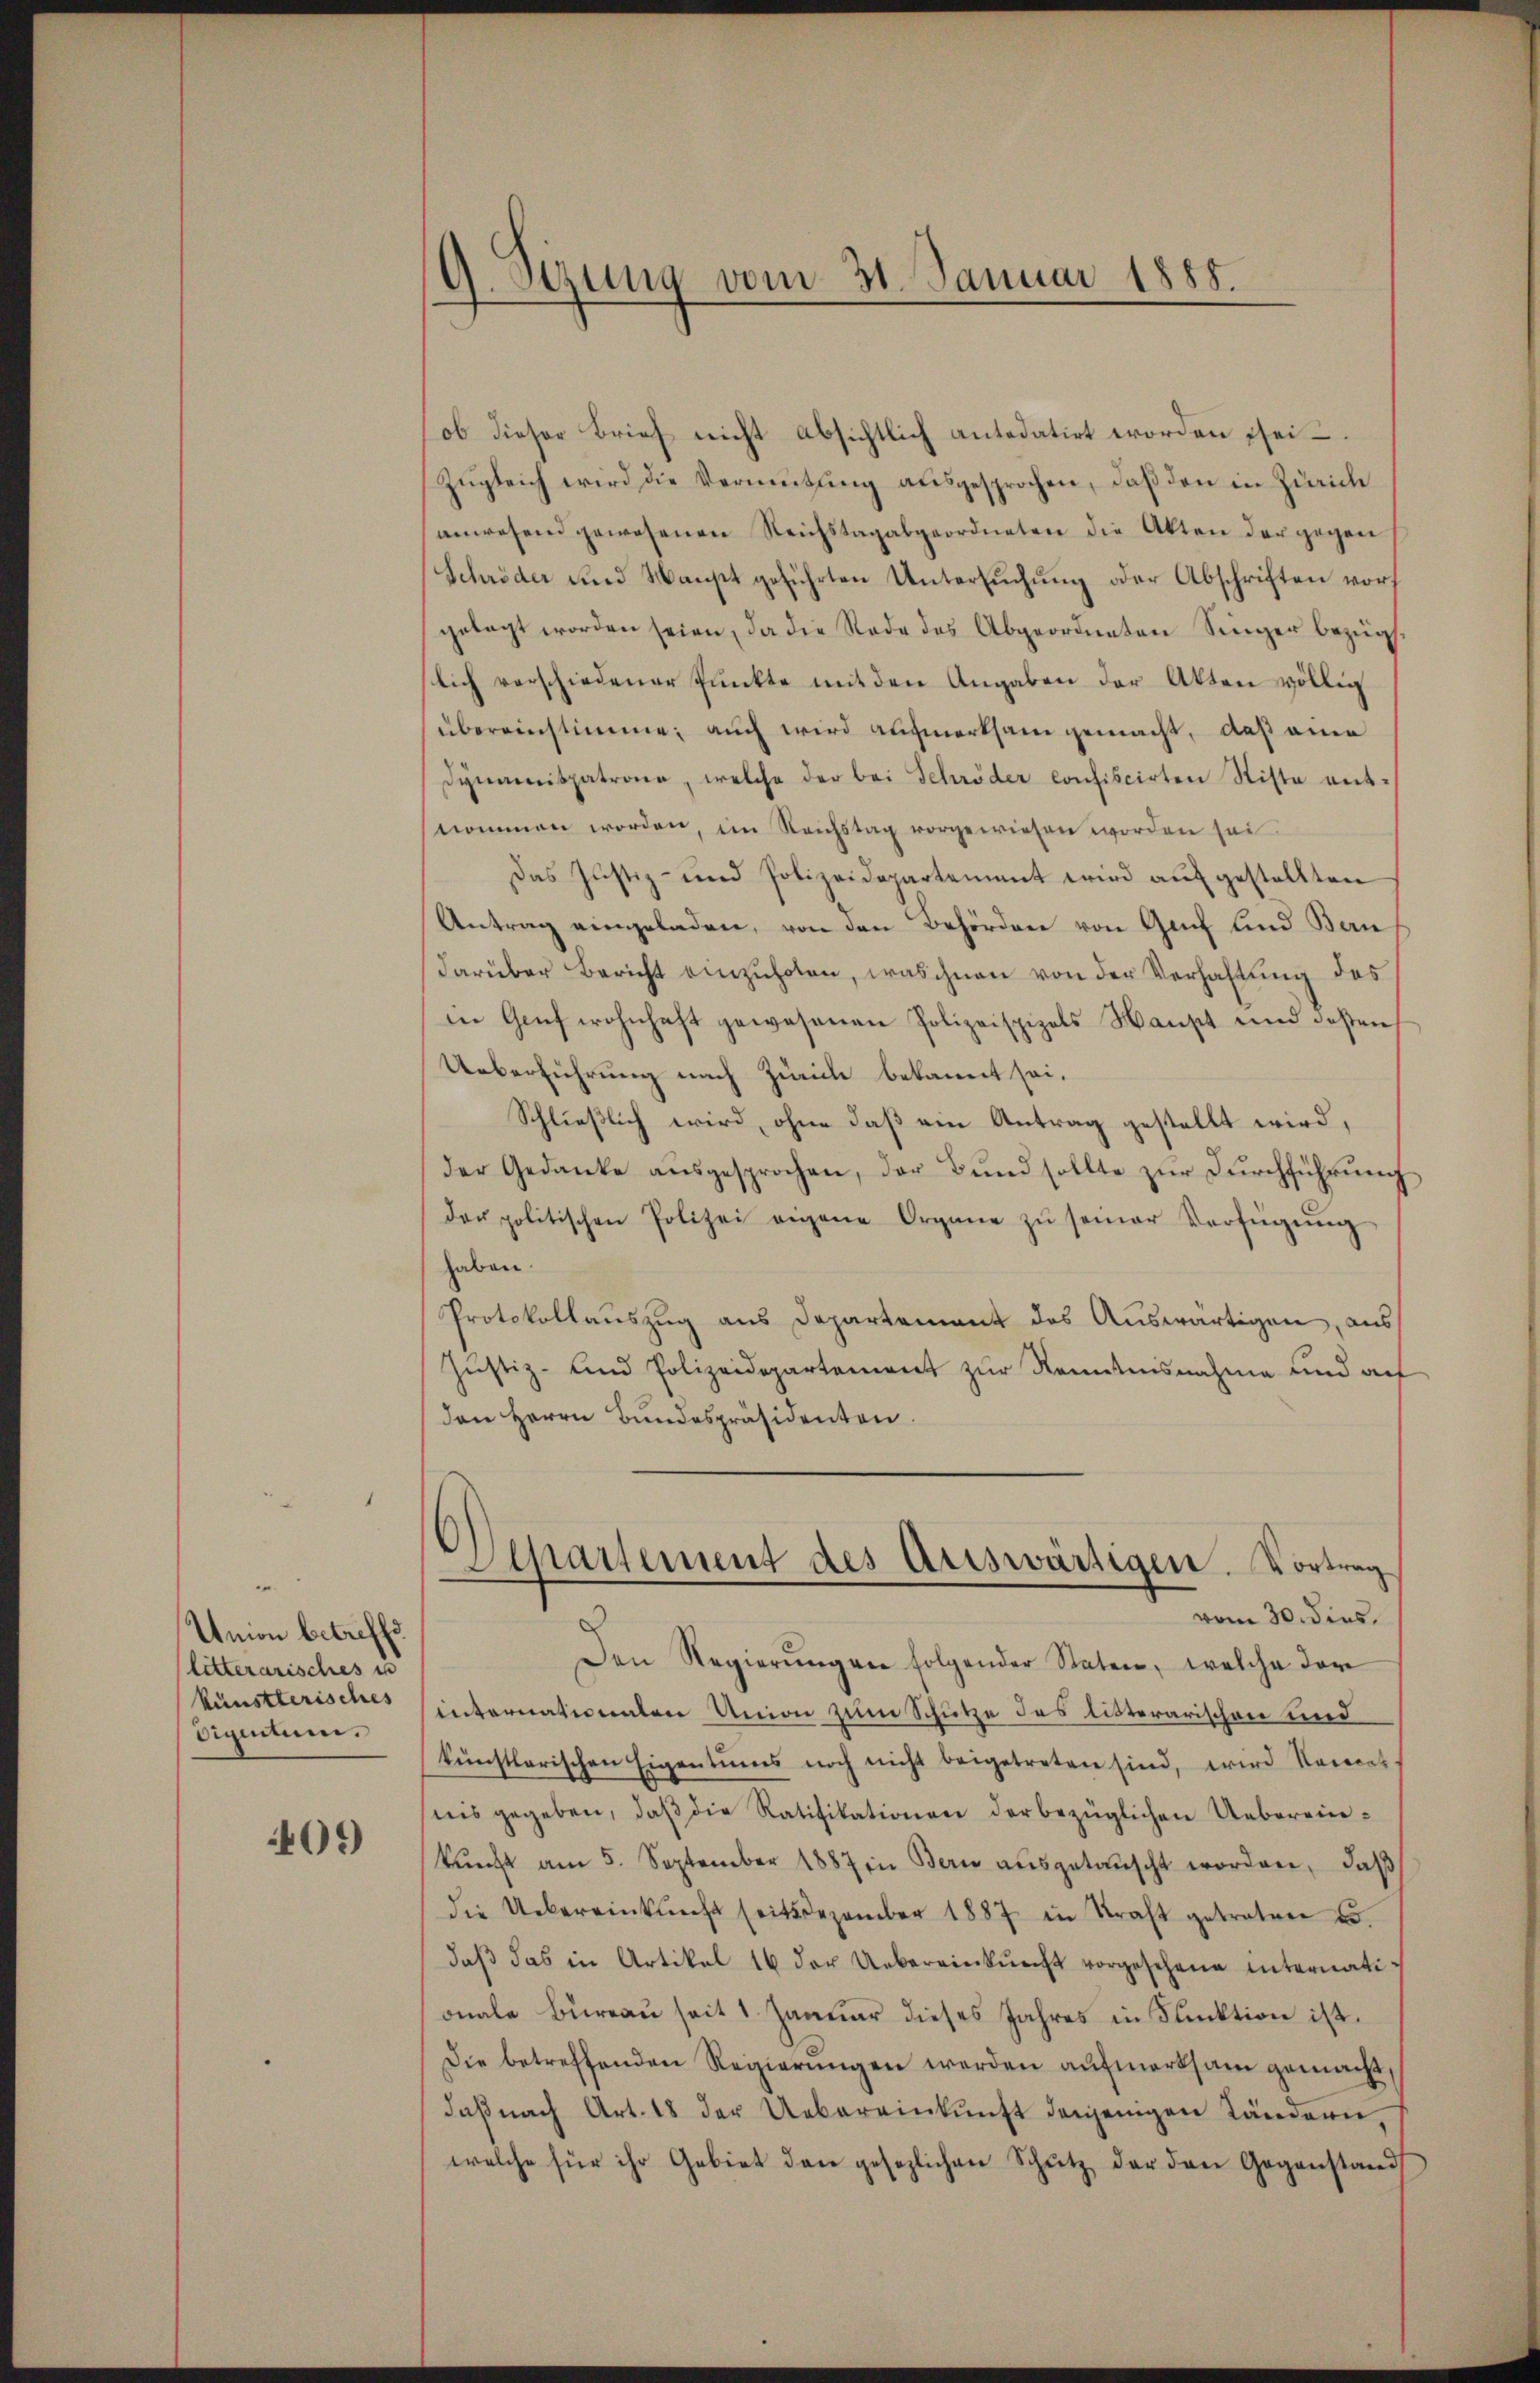
Union betreffe
(litterarisches u
künstlerisches
dienten.

401)

G. Sizung vom 31. Januar 1888.

ob dieser Brief nicht absichtlich antedatirt worden sei
Zŭgleich wird die Vermeitŭng aŭsgesprochen, daβ den in Zürich
anwesend gewesenen Reichstagabgeordneten die Akten der gegen
Schröder und Haupt geführten Untersuchung oder Abschriften vorgelegt worden seien, da die Rode des Abgeordneten Singer bezügs.
lich verschiedener Punkte mit den Angaben der Akten völlig
übereinstimme; auch wird aufmerksam gemacht, daß eine
Dynamispatrone, welche der bei Schröder confiscirten Sitte entnommen worden, im Reichstag vorgewiesen worden sei.
Das Justiz- und Polizeidepartement wird aufgestellten
Antrag eingeladen, von den Behörden von Genf und Baudarüber Bericht einzuholen, was ihnen von der Verhaltung des
die Genf wohnhaft gewesenen Polizeispiels Haupt und deßen
Ueberführung nach Zürich bekannt sei.
Schließlich wird, ohne daß ein Antrag gestellt wird,
der Gedanke aŭsgesprochen, der Bŭnd sollte zŭr dŭrchführŭng
der politischen Polizei eigene Organe zŭ seiner Verfügŭng
haben.
Protokollauszug aus Departement des Auswärtigen, aus
Justiz- und Polizeidepartement zur Kenntnisnahme und auf
den Herrn Bundespräsidenten.
6)
Separtement des Ariswärtigen. Vortrag
2
vom 30. dies
Den Regierŭngen folgender Staten, welche der
internationalen Union zum Schütze des litterarischen und
künstlerischen Eigentums noch nicht beigetreten sind, wird Raceret
nis gegeben, daβ die Ratifikationen der bezüglichen Uebereinkŭnft am 5. September 1887 in Bern aŭsgetauscht worden, daß
die Uebereinkunft seit Dezember 1887 in Straft getreten u.
daβ das in Artikel 16 der Uebereieckŭng vorgesehene internati-
onale Bureau seit 1 Januar dieses Jahres in Funktion ist.
Die betreffenden Regierungen werden aufmerksam gemacht
daβ nach Art. 18 der Uebereinkunft denjenigen Ländern,
welche für ihr Gebiet den gesezlichen Schŭtz der den Gegenstand